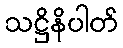
သဋ္ဌိနိပါတ်